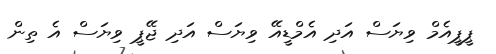
ޕީޕީއެމް ވިޔަސް އަދި އެމްޑީއޭ ވިޔަސް އަދި ޖޭޕީ ވިޔަސް އެ ތިން